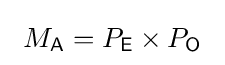
\ M_{\mathsf {A}}=P_{\mathsf {E}}\times P_{\mathsf {O}}\